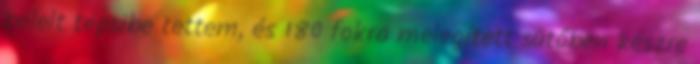
bélelt tepsibe tettem, és 180 fokra melegített sütőben készre